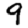
Digit: 9